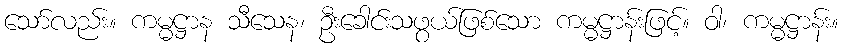
သော်လည်း။ ကမ္မဋ္ဌာန သီသေန၊ ဦးခေါင်းသဖွယ်ဖြစ်သော ကမ္မဋ္ဌာန်းဖြင့်။ ဝါ၊ ကမ္မဋ္ဌာန်း။